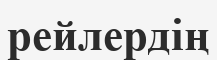
рейлердің